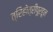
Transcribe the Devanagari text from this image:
त्रिहोत्रीपूरहून